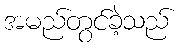
အမည်တွင်ခဲ့သည်